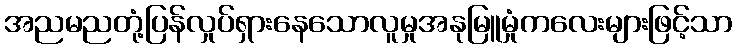
အညမညတုံ့ပြန်လှုပ်ရှားနေသောလူမှုအနုမြူမှုံကလေးများဖြင့်သာ